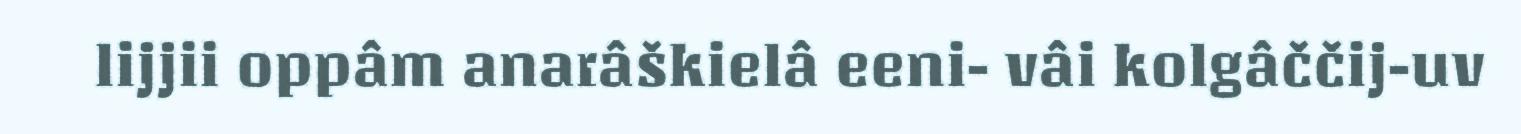
lijjii oppâm anarâškielâ eeni- vâi kolgâččij-uv